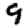
Digit: 9